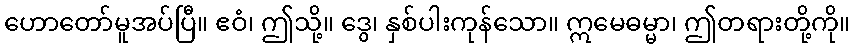
ဟောတော်မူအပ်ပြီ။ ဧဝံ၊ ဤသို့။ ဒွေ၊ နှစ်ပါးကုန်သော။ ဣမေဓမ္မာ၊ ဤတရားတို့ကို။